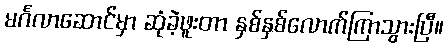
မင်္ဂလာဆောင်မှာ ဆုံခဲ့ဖူးတာ နှစ်နှစ်လောက်ကြာသွားပြီ။